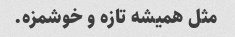
مثل همیشه تازه ‌و خوشمزه.